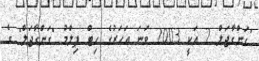
"ގަންގާޖަލް 2 އަކީ 2003 ވަނަ އަހަރުގެ ހިޓް ފިލްމު "ގަންގާޖަލް" ގެ